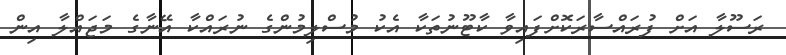
ރަސޫލާ އަށް ފުރައްސާރަކޮށްފައިވާ ކާޓޫނުތަކާ އެކު މުސްލިމުންގެ ނުރައްކާ އޭނާގެ މަޖައްލާ އިން